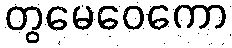
တွမေဝေကော